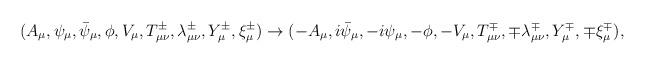
LaTeX: \begin{align*}( A_\mu, \psi_\mu, \bar{\psi}_\mu, \phi, V_\mu,T_{\mu\nu}^\pm, \lambda_{\mu\nu}^\pm, Y_\mu^\pm, \xi_\mu^\pm ) \rightarrow( - A_\mu, i \bar{\psi}_\mu, - i \psi_\mu, - \phi, - V_\mu,T_{\mu\nu}^\mp, \mp \lambda_{\mu\nu}^\mp, Y_\mu^\mp, \mp \xi_\mu^\mp ),\end{align*}